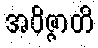
အဝိဇ္ဇာတိ